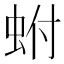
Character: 蚹